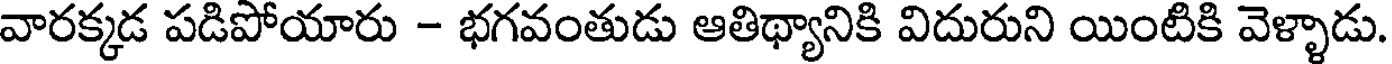
వారక్కడ పడిపోయారు - భగవంతుడు ఆతిథ్యానికి విదురుని యింటికి వెళ్ళాడు.